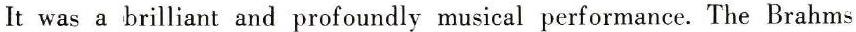
It was a brilliant and profoundly musical performance. The Brahms